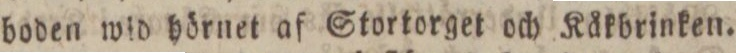
boden wid hörnet af Stortorget och Kåkbrinken.